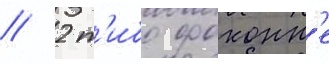
// 2 т'ибо фоконн'е